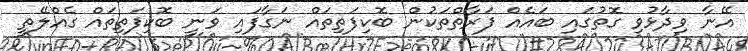
އޭނާ ވިދާޅުވި ގޮތުގައި ބައެއް ފަރާތްތަކުން ބޮކިފަތިތައް ނަގާފައި ވަނީ ބޮކިފަތިތައް ގެއްލޭތީ